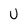
Character: U